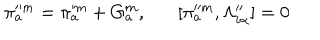
\pi _ { a } ^ { \prime \prime m } = \pi _ { a } ^ { \prime m } + G _ { a } ^ { m } , [ \pi _ { a } ^ { \prime \prime m } , \Lambda _ { i \alpha } ^ { \prime \prime } ] = 0